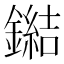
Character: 鐑